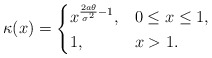
\begin{align*}\kappa(x)=\begin{cases} x^{\frac{2a \theta}{\sigma^{2}}-1}, & 0 \le x \le 1, \\ 1, & x >1.\end{cases}\end{align*}